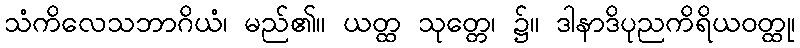
သံကိလေသဘာဂိယံ၊ မည်၏။ ယတ္ထ သုတ္တေ၊ ၌။ ဒါနာဒိပုညကိရိယဝတ္ထု၊